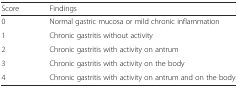
| Score | Findings |
 | --- | --- |
 | 0 | Normal gastric mucosa or mild chronic inflammation |
 | 1 | Chronic gastritis without activity |
 | 2 | Chronic gastritis with activity on antrum |
 | 3 | Chronic gastritis with activity on the body |
 | 4 | Chronic gastritis with activity on antrum and on the body |